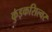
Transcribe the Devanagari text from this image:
कुइकसिल्वर